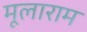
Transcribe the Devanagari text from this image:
मूलाराम